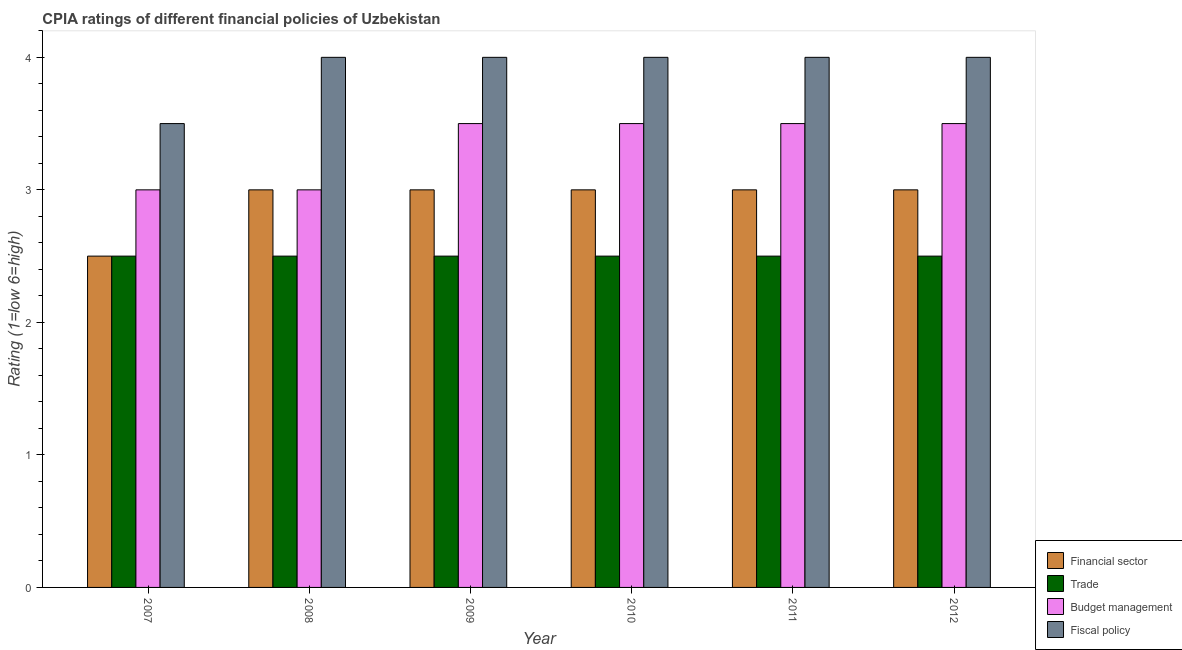
| Year | Financial sector | Trade | Budget management | Fiscal policy |
 | --- | --- | --- | --- | --- |
 | 2007 | 2.5 | 2.5 | 3 | 3.5 |
 | 2008 | 3 | 2.5 | 3 | 4 |
 | 2009 | 3 | 2.5 | 3.5 | 4 |
 | 2010 | 3 | 2.5 | 3.5 | 4 |
 | 2011 | 3 | 2.5 | 3.5 | 4 |
 | 2012 | 3 | 2.5 | 3.5 | 4 |